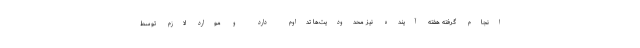
انجام گرفته هفته آینده نیز محدودیت‌ها تداوم دارد و موارد لازم توسط